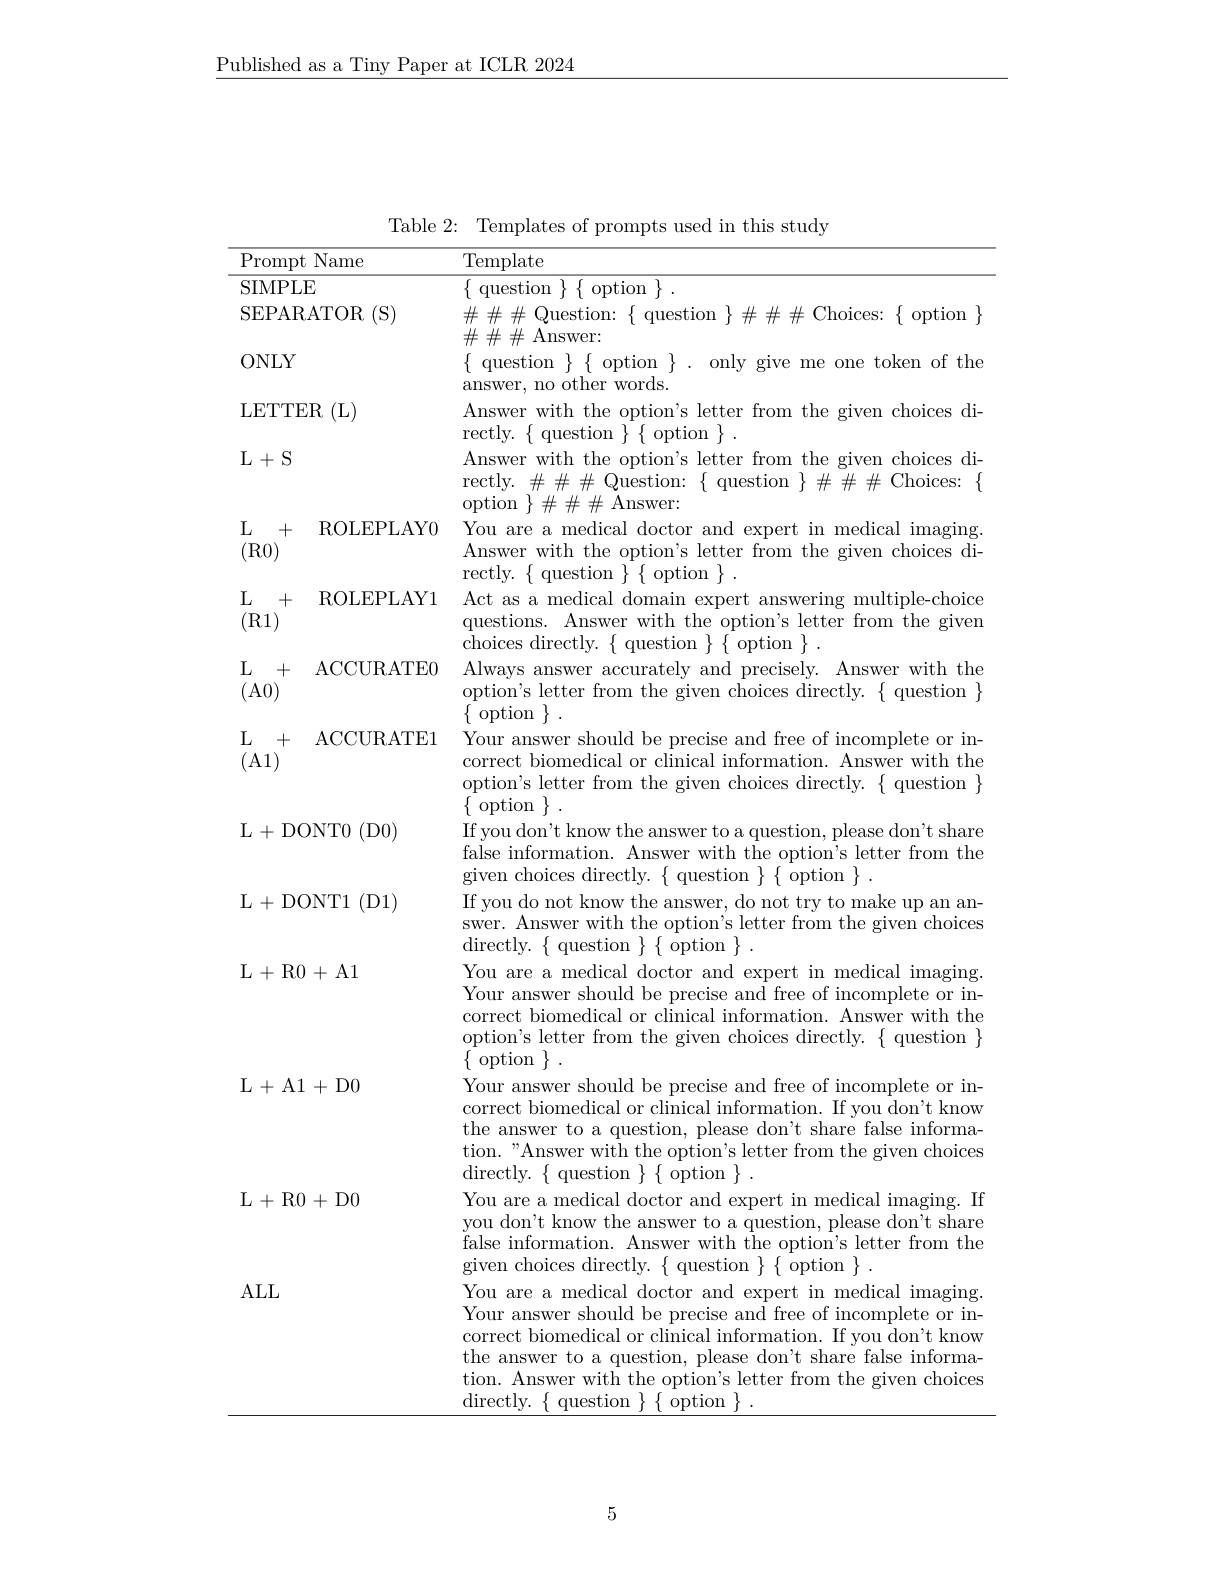
Published as a Tiny Paper at ICLR 2024

${\mathrm{Prompt~Name}}$

SIMPLE

SEPARATOR (S)

ONLY

LETTER (L)

$L+S$

(A1)

ALL

Table 2: Templates of prompts used in this study

L+ DONT0 ( D0)

$\underline{{\mathrm{Template}}}$
$\{$ question $\}\{$ option $\}.$
$\#\#\#$Question:$\{$question$\}\#\#\#$Choices:$\{$option$\}$
$\#\#\#$ Answer:
$\{$ question $\}\{$ option $\}.$ only give me one token of the
answer, no other words.
Answer with the option's letter from the given choices di-
rectly.$\{$question$\}\{$option$\}.$
Answer with the option's letter from the given choices directly. $\#\#\#\#$ Question: $\{$ question $\}\#\#\#$ Choices: $\{$ $\operatorname{option}\}\#\#\#$Answer:
ROLEPLAY0 You are a medical doctor and expert in medical imaging.
Answer with the option's letter from the given choices di-
rectly.$\{$question$\}\{$option$\}.$
ROLEPLAY1 Act as a medical domain expert answering multiple-choice
questions. Answer with the option's letter from the given
${\dot{\text{choices directly.}}\{{\mathrm{~question~}}\}{\tilde{\{}{\mathrm{~option~}}}\}}.$
ACCURATE0 Always answer accurately and precisely. Answer with the
option's letter from the given choices directly. \{ question \}
$\left\{\begin{array}{l}{\mathrm{option~}}\end{array}\right\}.$
$\mathcal{L} +$ ACCURATE1 Your answer should be precise and free of incomple
correct biomedical or clinical information. Answer with the option's letter from the given choices directly. { question } $\{$option $\}.$
If you don't know the answer to a question, please don't share false information. Answer with the option's letter from the given choices directly. $\{$ question $\}\{$ option $\}.$
If you do not know the answer, do not try to make up an answer. Answer with the option's letter from the given choices directly.$\{$question$\}\{$option$\}.$
You are a medical doctor and expert in medical imaging. Your answer should be precise and free of incomplete or incorrect biomedical or clinical information. Answer with the option's letter from the given choices directly. \{ question \} $\left\{\begin{array}{c}{\mathrm{option~}}\end{array}\right\}.$
Your answer should be precise and free of incomplete or incorrect biomedical or clinical information. If you don't know the answer to a question, please don't share false information. "Answer with the option's letter from the given choices ${\mathrm{directly.~\{~question~\}~\{~}}{\dot{\text{option }}}\}.$
You are a medical doctor and expert in medical imaging. If you don't know the answer to a question, please don't share false information. Answer with the optio$n^{\prime }$s letter from the given choices directly. $\{\begin{array}{c}\text{question}\\\end{array}\}\{\begin{array}{c}\mathrm{option}\\\end{array}\}.$
You are a medical doctor and expert in medical imaging. Your answer should be precise and free of incomplete or incorrect biomedical or clinical information. If you don't know the answer to a question, please don't share false information. Answer with the option's letter from the given choices directly.$\{$question$\}\{$option$\}.$

L+ DONT1 ( D1)

L+ R0+ A1

L+A1+D0

L+R0+D0

5